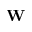
\mathbf { W }